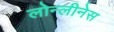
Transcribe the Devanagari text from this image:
लोन्लीनेस